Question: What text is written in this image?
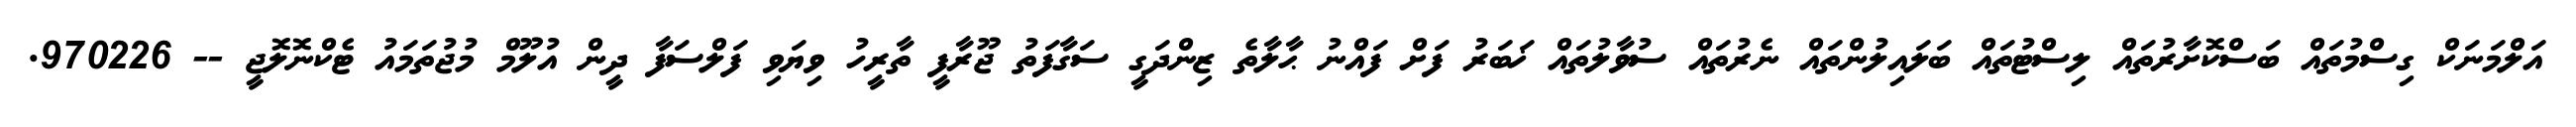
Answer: އަލްމަނަކް ގިސްމުތައް ބަސްކޮށާރުތައް ލިސްޓުތައް ބަލައިލުންތައް ނެރުތައް ސުވާލުތައް ޚަބަރު ފަށް ފައްނު ޙާލާތެ ޒިންދަގީ ސަގާފަތު ޖޫރާފީ ތާރީހު ވިޔަވި ފަލްސަފާ ދީން އުލޫމް މުޖުތަމައު ޓެކްނޮލޮޖީ -- 970226.